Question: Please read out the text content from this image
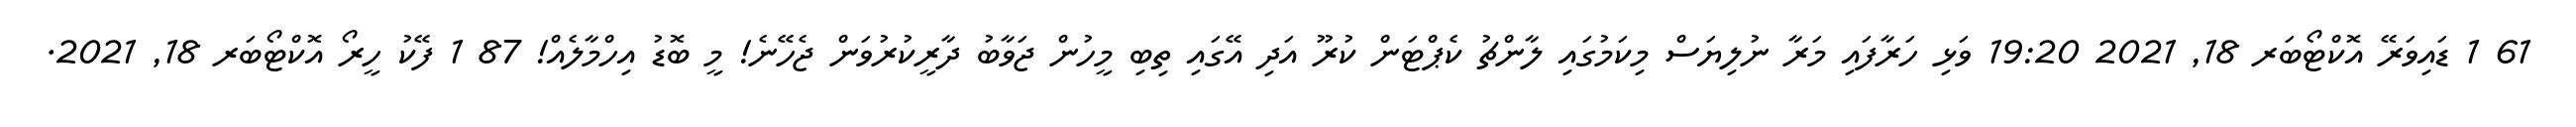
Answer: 61 1 ޑައިވަރޭ އޮކްޓޯބަރ 18, 2021 19:20 ވަޅި ހަރާފައި މަރާ ނުލިޔަސް މިކަމުގައި ލާންޗު ކެޕްޓަން ކުރޫ އަދި އޭގައި ތިބި މީހުން ޖަވާބު ދާރީކުރުވަން ޖެހޭނެ! މީ ބޮޑު އިހްމާލެއް! 87 1 ފޭކު ހީރޯ އޮކްޓޯބަރ 18, 2021.